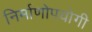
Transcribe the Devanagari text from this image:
निर्माणोपयोगी